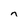
Character: n